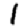
Digit: 1